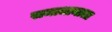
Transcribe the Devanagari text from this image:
समाधानाला